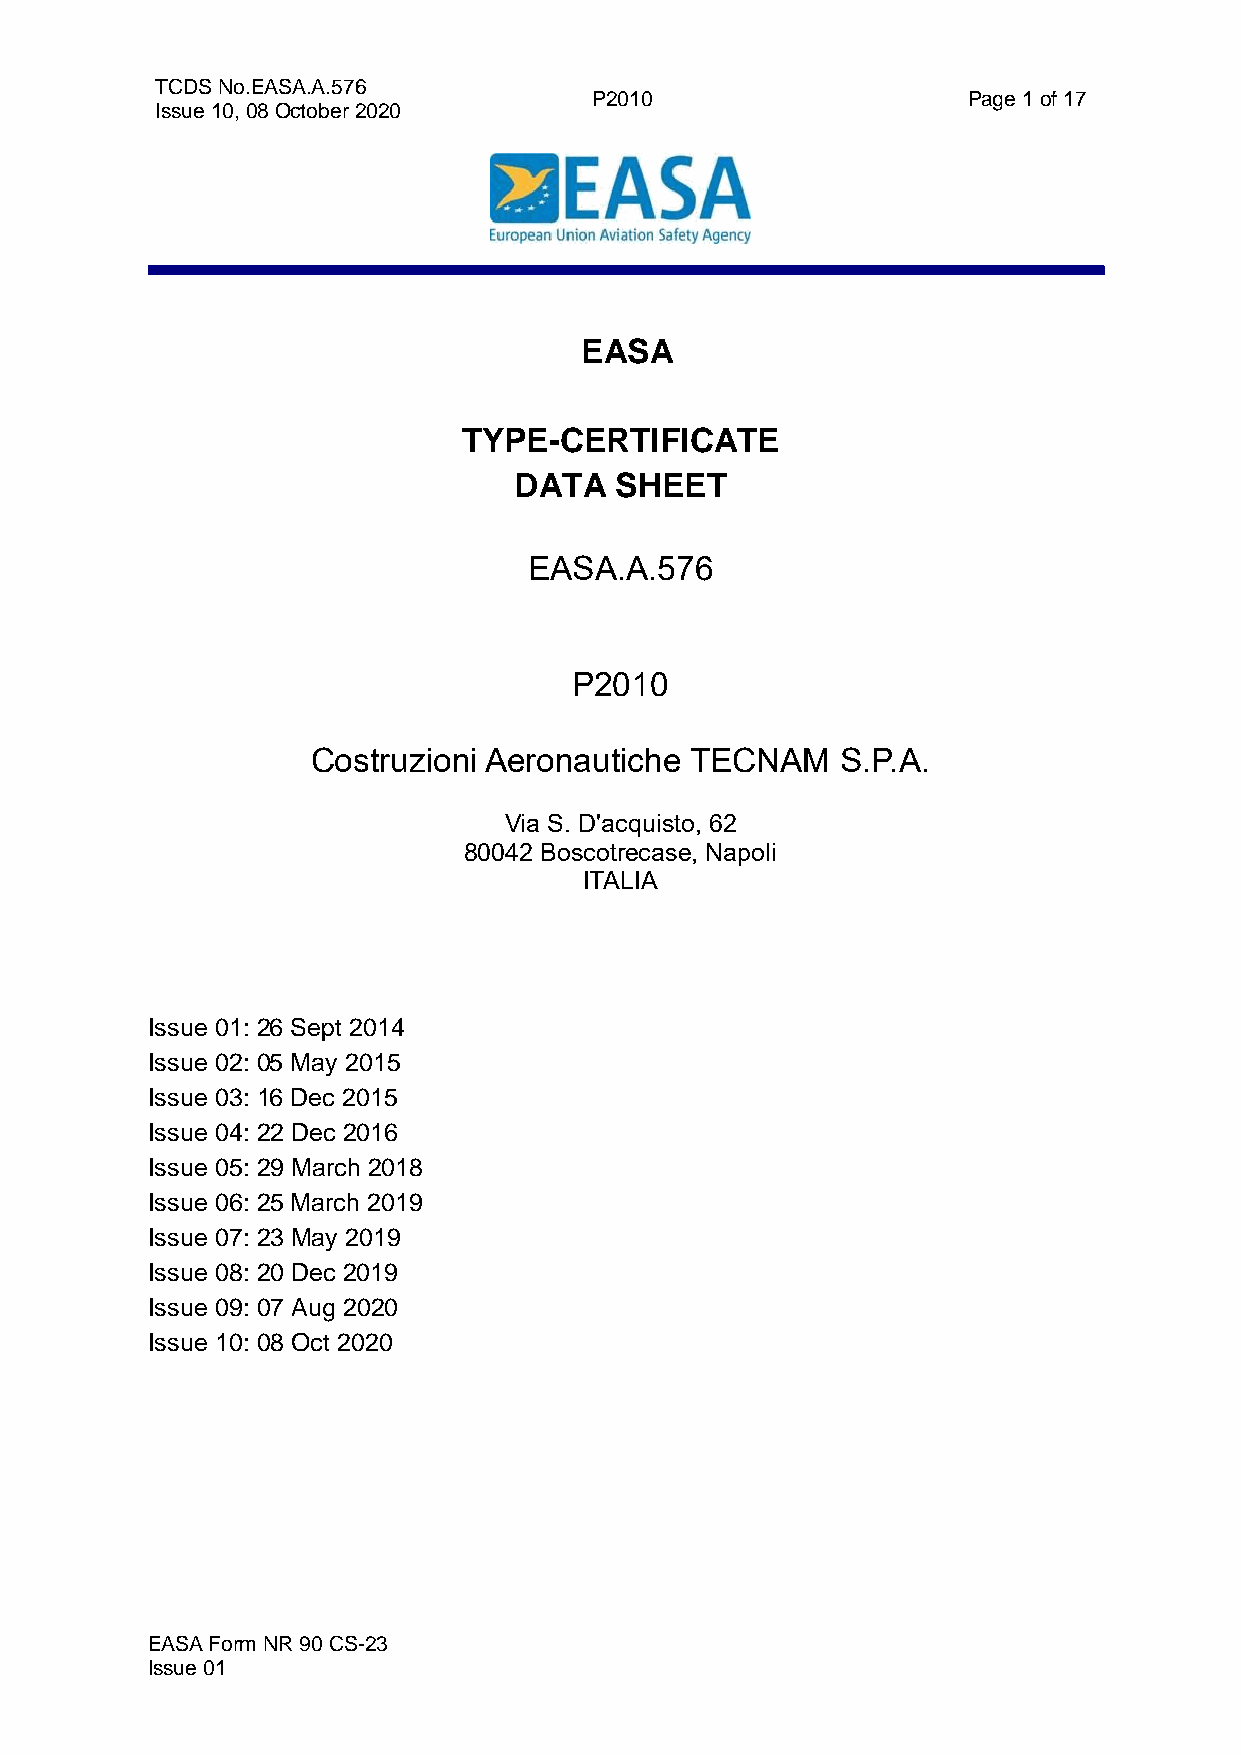
TCDS No.EASA.A.576
 P2010                    Page 1 of 17
 Issue 10, 08 October 2020
 EASA
 TYPE-CERTIFICATE
 DATA   SHEET
 EASA.A.576
 P2010
 Costruzioni Aeronautiche TECNAM    S.P.A.
 Via S. D'acquisto, 62
 80042 Boscotrecase, Napoli
 ITALIA
 Issue 01: 26 Sept 2014
 Issue 02: 05 May 2015
 Issue 03: 16 Dec 2015
 Issue 04: 22 Dec 2016
 Issue 05: 29 March 2018
 Issue 06: 25 March 2019
 Issue 07: 23 May 2019
 Issue 08: 20 Dec 2019
 Issue 09: 07 Aug 2020
 Issue 10: 08 Oct 2020
 EASA Form NR 90 CS-23
 Issue 01